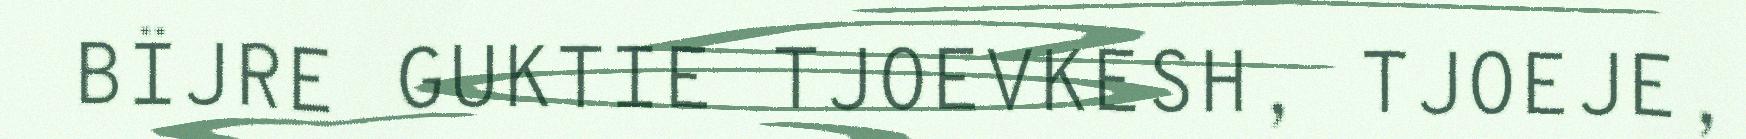
BÏJRE GUKTIE TJOEVKESH, TJOEJE,